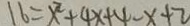
1 6 = x ^ { 2 } + 4 x + 4 - x + 2